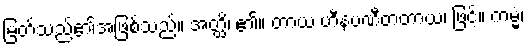
မြတ်သည်၏အဖြစ်သည်။ အတ္ထိ၊ ၏။ တာယ ဟီနပဏီတတာယ၊ ဖြင့်။ ကမ္မံ၊